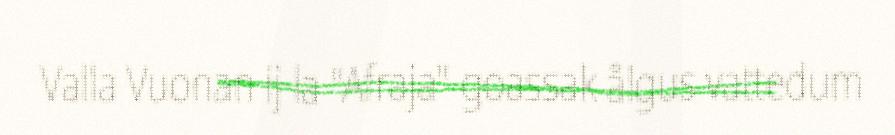
Valla Vuonan ij la "Afraja" goassak ålgus vattedum